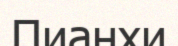
Пианхи